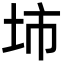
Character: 𡊔